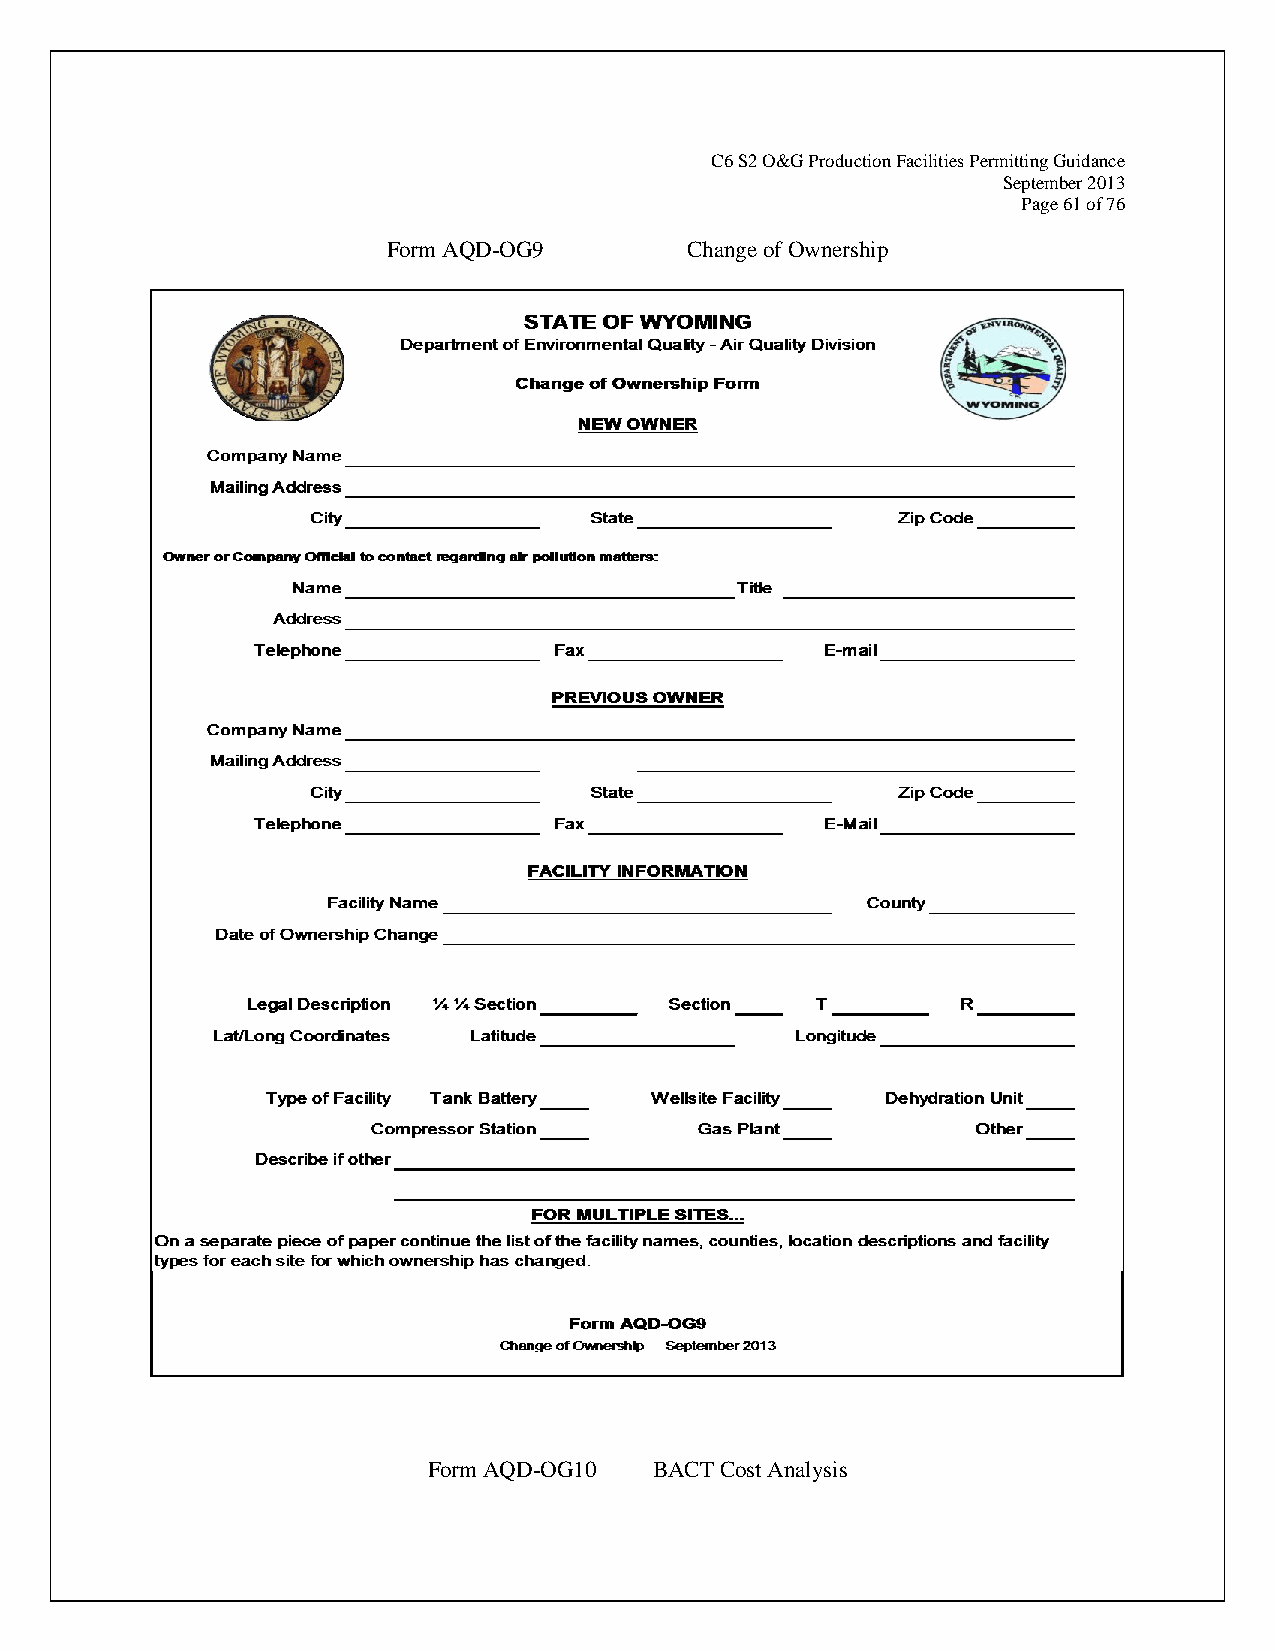
C6 S2 O&G Production Facilities Permitting Guidance
 September 2013
 Page 61 of 76
 Form AQD-OG9       Change of Ownership
 Form AQD-OG10  BACT Cost Analysis